Leaving Certificate Examination, 1921
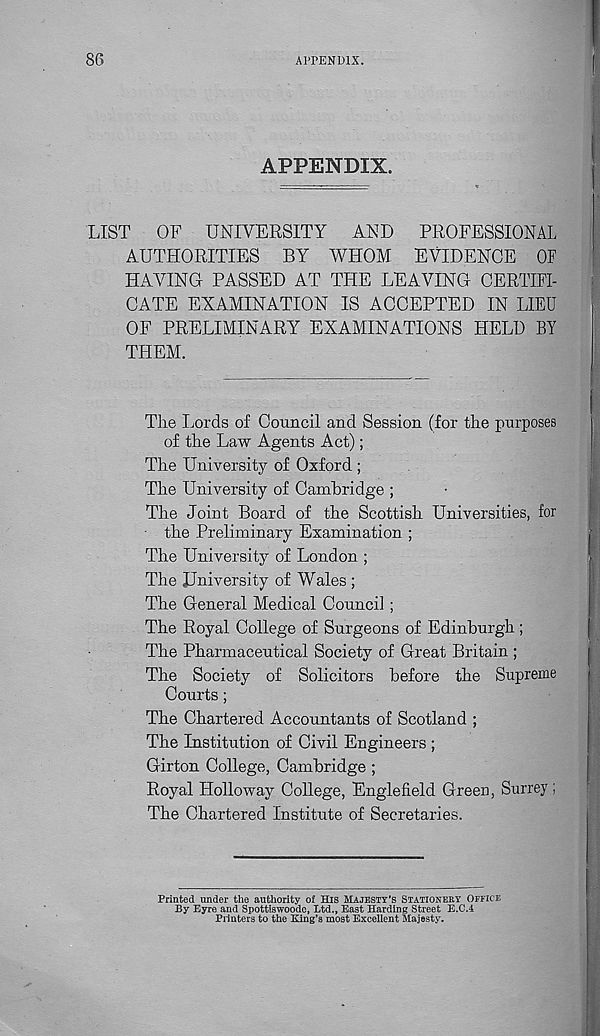
86
APPENDIX.
APPENDIX.
LIST
OF UNIVERSITY
AND
PROFESSIONAL
AUTHORITIES BY WHOM EVIDENCE OF
HAVING PASSED AT THE LEAVING CERTIFI-
CATE EXAMINATION IS ACCEPTED IN LIEU
OF PRELIMINARY EXAMINATIONS HELD BY
THEM.
The Lords of Council and Session (for the purposes
of the Law Agents Act);
The University of Oxford ;
The University of Cambridge ;
The Joint Board of the Scottish Universities, for
the Preliminary Examination ;
The University of London ;
The University of Wales ;
The General Medical Council ;
The Royal College of Surgeons of Edinburgh ;
The Pharmaceutical Society of Great Britain ;
The Society of Solicitors before the Supreme
Courts;
The Chartered Accountants of Scotland ;
The Institution of Civil Engineers ;
Girton College, Cambridge ;
Royal Holloway College, Engle field Green, Surrey;
The Chartered Institute of Secretaries.
Printed under the authority of His Majesty’s Stationery Office
By Eyre and Spottiswoode, Ltd., East Harding Street E.C.4
Printers to the King’s most Excellent Majesty.